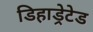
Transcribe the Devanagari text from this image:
डिहाड्रेटेड